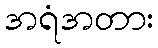
အရံအတား